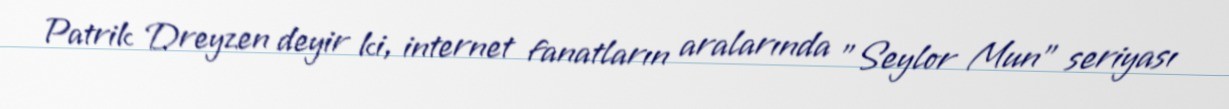
Patrik Dreyzen deyir ki, internet fanatların aralarında "Seylor Mun" seriyası